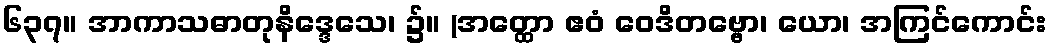
၆၃၇။ အာကာသဓာတုနိဒ္ဒေသေ၊ ၌။ (အတ္ထော ဧဝံ ဝေဒိတဗ္ဗော၊ ယော၊ အကြင်ကောင်း